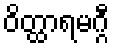
ဝိတ္ထာရမဂ္ဂီ